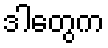
ဒါတွေက